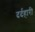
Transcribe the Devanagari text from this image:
दर्दहारी